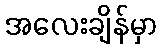
အလေးချိန်မှာ